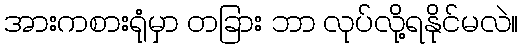
အားကစားရုံမှာ တခြား ဘာ လုပ်လို့ရနိုင်မလဲ။